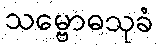
သမ္ဗောဓသုခံ